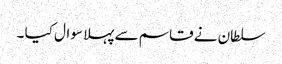
سلطان نے قاسم سے پہلا سوال کیا ۔